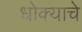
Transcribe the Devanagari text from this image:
धोक्‍याचे